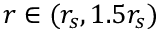
r \in ( r _ { s } , 1 . 5 r _ { s } )